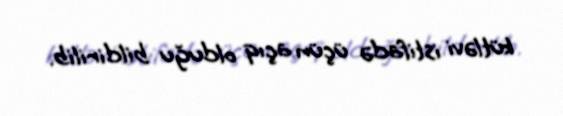
kütləvi istifadə üçün açıq olduğu bildirilib.